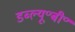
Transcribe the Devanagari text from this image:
डब्ल्यू॰बी॰